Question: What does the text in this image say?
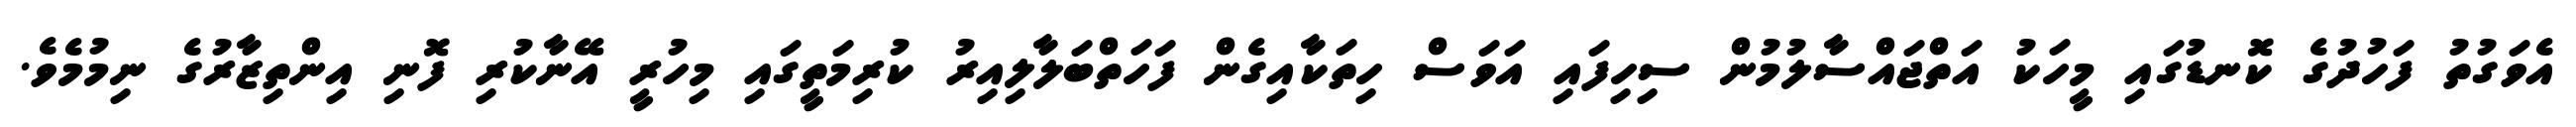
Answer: އެވަގުތު ފަހުދުގެ ކޮނޑުގައި މީހަކު އަތްޖައްސާލުމުން ސިހިފައި އަވަސް ހިތަކާއިގެން ފަހަތްބަލާލިއިރު ކުރިމަތީގައި މިހުރީ އޭނާކުރި ފޮނި އިންތިޒާރުގެ ނިމުމެވެ.